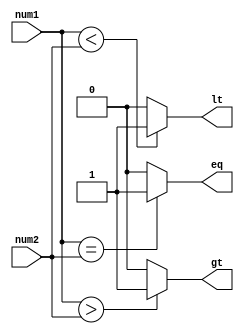
module inequality_comparator (
    input [7:0] num1,
    input [7:0] num2,
    output wire gt,   // greater than
    output wire lt,   // less than
    output wire eq    // equal to
);

assign gt = (num1 > num2) ? 1'b1 : 1'b0;
assign lt = (num1 < num2) ? 1'b1 : 1'b0;
assign eq = (num1 == num2) ? 1'b1 : 1'b0;

endmodule